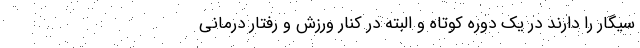
سیگار را دارند در یک دوره کوتاه و البته در کنار ورزش و رفتار درمانی